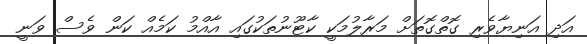
އަދި އަނިޔާވެރި ގޮތްގޮތަށް މަރާލުމަކީ ކާޓޫނުތަކުގައި އާއްމު ކަމެއް ކަން ވެސް ވަނީ